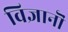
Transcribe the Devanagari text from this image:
विज्ञानॊं